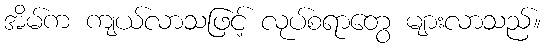
အိမ်က ကျယ်လာသဖြင့် လုပ်စရာတွေ များလာသည်။